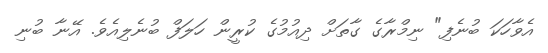
އެވާހަކަ ބުނެފި" ނިމްރާގެ ގާތަށް ދިއުމުގެ ކުރީން ހަލަފް ބުނެލިއެވެ. އޭނާ ބުނި